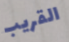
القريب